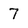
Character: 7